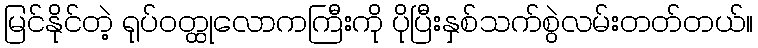
မြင်နိုင်တဲ့ ရုပ်ဝတ္ထုလောကကြီးကို ပိုပြီးနှစ်သက်စွဲလမ်းတတ်တယ်။